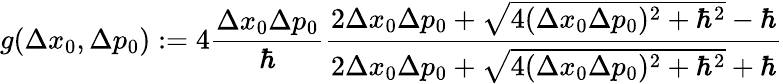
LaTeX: g(\Delta x_{0},\Delta p_{0}):=4\frac{\Delta x_{0}\Delta p_{0}}{\hbar}\frac{2\Delta x_{0}\Delta p_{0}+\sqrt{4(\Delta x_{0}\Delta p_{0})^{2}+{\hbar}^{2}}-\hbar}{2\Delta x_{0}\Delta p_{0}+\sqrt{4(\Delta x_{0}\Delta p_{0})^{2}+{\hbar}^{2}}+\hbar}